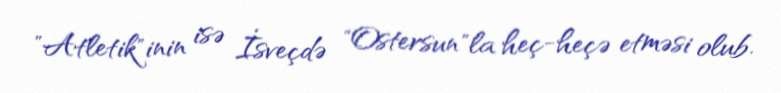
"Atletik"inin isə İsveçdə "Ostersun"la heç-heçə etməsi olub.